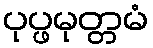
ပုပ္ဖမုတ္တမံ